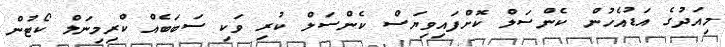
މިއަދުގެ އަޑުއެހުން ކެންސަލް ކޮށްފައިވިޔަސް ކެންސަލް ކުރި ވަކި ސަބަބެއް ކްރިމިނަލް ކޯޓުން